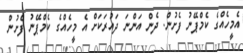
އެމީހެއްގެ ކެމްޕޭނު ފެށުން. ދެން އަންނަ ދައުރަކަށް އެ މީހެއްގެ ކެމްޕޭނު ފެށުން